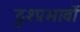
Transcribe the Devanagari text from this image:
दुश्प्रभावों